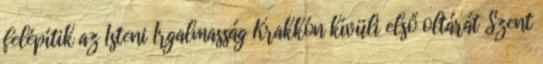
felépítik az Isteni Irgalmasság Krakkón kívüli első oltárát Szent